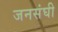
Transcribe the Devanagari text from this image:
जनसंघी